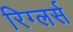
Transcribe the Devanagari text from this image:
रिग्लर्स